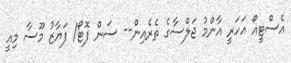
އެސްޓީއޯ އަހަރީ އާންމު ޖަލްސާގެ ތެރެއިން-- ސަން ފޮޓޯ/ ފަޔާޒު މޫސާ މިއީ